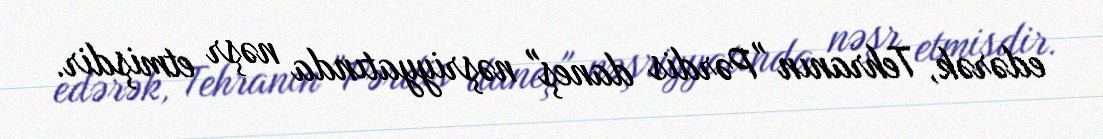
edərək, Tehranın "Pərdis daneş" nəşriyyatında nəşr etmişdir.